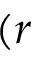
( r